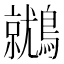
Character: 𪆩